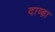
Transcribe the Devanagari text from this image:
दाव्ड़ा